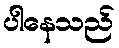
ပါနေသည်